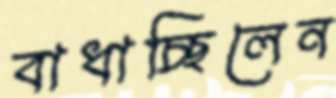
বাধাচ্ছিলেন